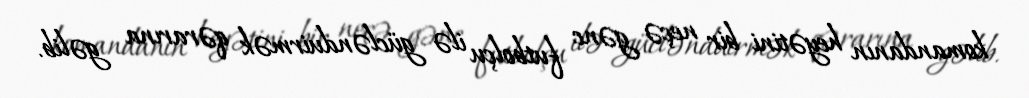
komandanın heyətini bir neçə gənc futbolçu ilə güclənduirmək qərarına gəlib.